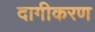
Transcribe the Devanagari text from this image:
दागीकरण